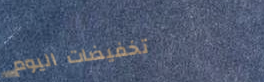
تخفيضات اليوم